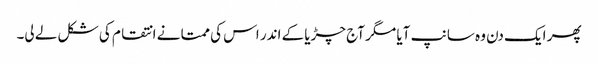
پھر ایک دن وہ سانپ آیا مگر آج چڑیا کے اندر اس کی ممتا نے انتقام کی شکل لے لی۔